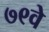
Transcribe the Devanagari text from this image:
७९वे